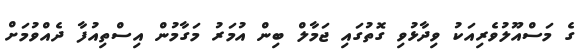
ގެ މަސްއޫލުވެރިއަކު ވިދާޅުވި ގޮތުގައި ޖަމާލް ބިން އުމަރު މަގާމުން އިސްތިއުފާ ދެއްވުމަށް